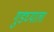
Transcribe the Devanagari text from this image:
गुडघ्याला